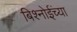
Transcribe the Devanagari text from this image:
बिश्‍नोईंच्या